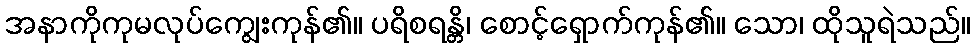
အနာကိုကုမလုပ်ကျွေးကုန်၏။ ပရိစရန္တိ၊ စောင့်ရှောက်ကုန်၏။ သော၊ ထိုသူရဲသည်။